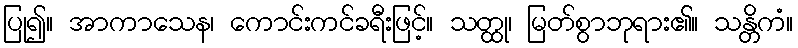
ပြု၍။ အာကာသေန၊ ကောင်းကင်ခရီးဖြင့်။ သတ္ထု၊ မြတ်စွာဘုရား၏။ သန္တိကံ။